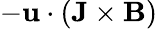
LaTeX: -\mathbf{u}\cdot(\mathbf{J}\times\mathbf{B})